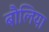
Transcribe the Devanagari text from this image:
बौलिया